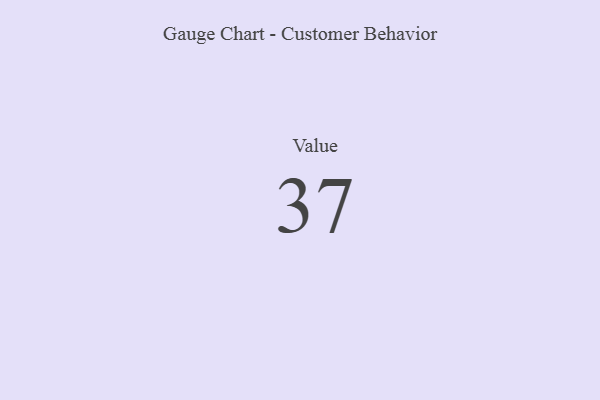
{"axis": {"x": "Metric", "y": "Value"}, "legend": [""], "data": [{"x": "Value", "y": 37, "type": ""}]}